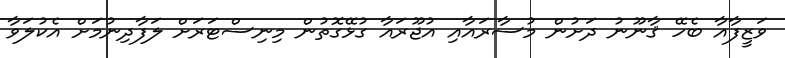
ވަޒީފާއާ ބެހޭ ޤާނޫނު ދަށުން މުސާރައާއި އުޖޫރައާ ގުޅޭގޮތުން މިނިސްޓަރަށް ލަފާދިނުމަށް އެކުލަވާ